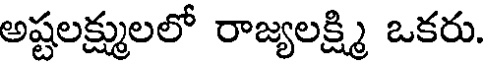
అష్టలక్ష్ములలో రాజ్యలక్ష్మి ఒకరు.